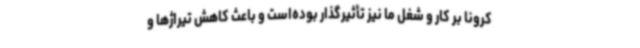
کرونا بر کار و شغل ما نیز تأثیرگذار بوده‌است و باعث کاهش تیراژها و